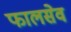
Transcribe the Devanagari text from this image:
फालसेव